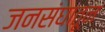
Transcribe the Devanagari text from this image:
जनसंघातून